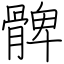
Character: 髀